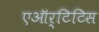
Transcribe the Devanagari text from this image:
एऑर्टिटिस